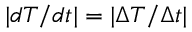
| d T / d t | = | \Delta T / \Delta t |